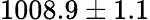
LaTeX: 1008.9\pm 1.1